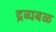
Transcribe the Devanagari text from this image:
द्रव्यबळ